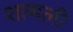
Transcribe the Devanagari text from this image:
शत्मली